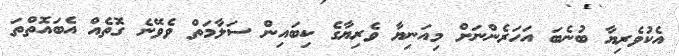
އެކުވެރިޔާ ބުނެބަ އަހަރެންނަށް މިއަނިޔާ ވެރިޔާގެ ކިބައިން ސަލާމަތް ވެވޭނެ ގޮތެއް އެބައޮތްތަ